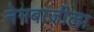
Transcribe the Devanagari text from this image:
नेमबाजीला